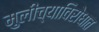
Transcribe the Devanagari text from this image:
मुलींच्याविरोधात